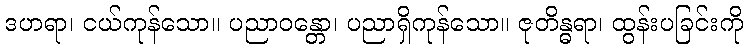
ဒဟရာ၊ ငယ်ကုန်သော။ ပညာဝန္တော၊ ပညာရှိကုန်သော။ ဇုတိန္ဓရာ၊ ထွန်းပခြင်းကို